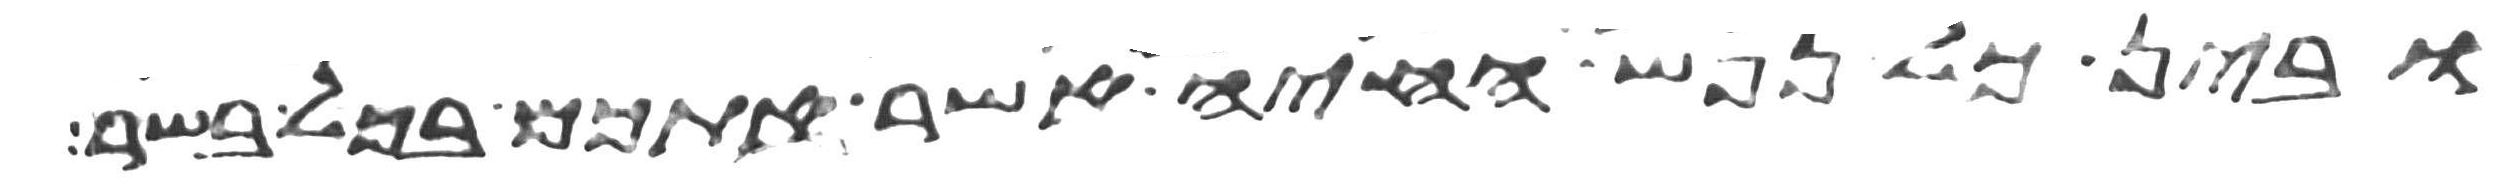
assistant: ובין כל נפש החיה אשר אתכם בכל בשר